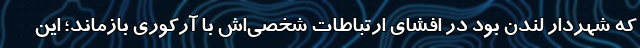
که شهردار لندن بود در افشای ارتباطات شخصی‌اش با آرکوری بازماند؛ این